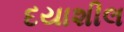
દયાશીલ